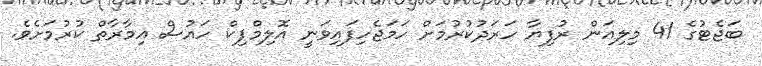
ބަޖެޓުގެ 41 މިލިއަން ރުފިޔާ ހަރަދުކުރުމަށް ހަމަޖެހިފައިވަނީ އޮލިމްޕިކް ހައުސް އިމާރާތް ކުރުމަށެވެ.